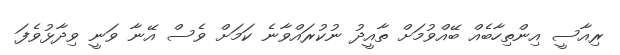
ރިއާސީ އިންތިހާބެއް ބޭއްވުމަށް ތާއީދު ނުކުރައްވާނެ ކަމަށް ވެސް އޭނާ ވަނީ ވިދާޅުވެފަ